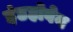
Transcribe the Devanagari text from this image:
इंडहोवेन